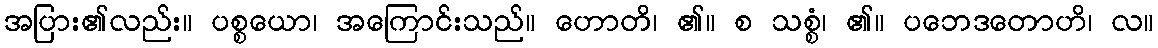
အပြား၏လည်း။ ပစ္စယော၊ အကြောင်းသည်။ ဟောတိ၊ ၏။ စ သစ္စံ၊ ၏။ ပဘေဒတောဟိ၊ လ။